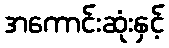
အကောင်းဆုံးနှင့်